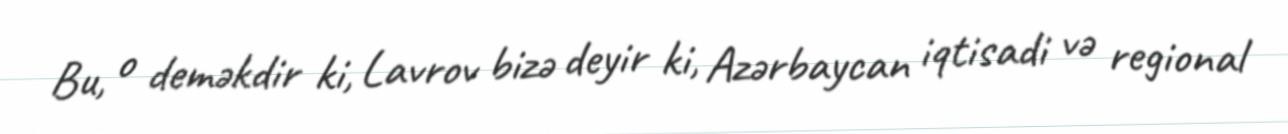
Bu, o deməkdir ki, Lavrov bizə deyir ki, Azərbaycan iqtisadi və regional